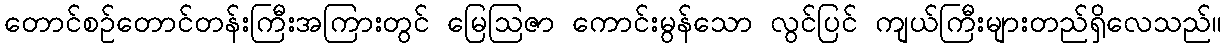
တောင်စဉ်တောင်တန်းကြီးအကြားတွင် မြေဩဇာ ကောင်းမွန်သော လွင်ပြင် ကျယ်ကြီးများတည်ရှိလေသည်။